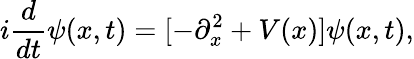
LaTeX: i\frac{d}{dt}\psi(x,t)=[-\partial_{x}^{2}+V(x)]\psi(x,t),